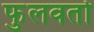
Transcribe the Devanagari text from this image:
फुलवतो